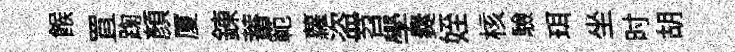
餱罝踘顔厦錬蓄範蘿盗苕學爨姪核驗珥坐时胡